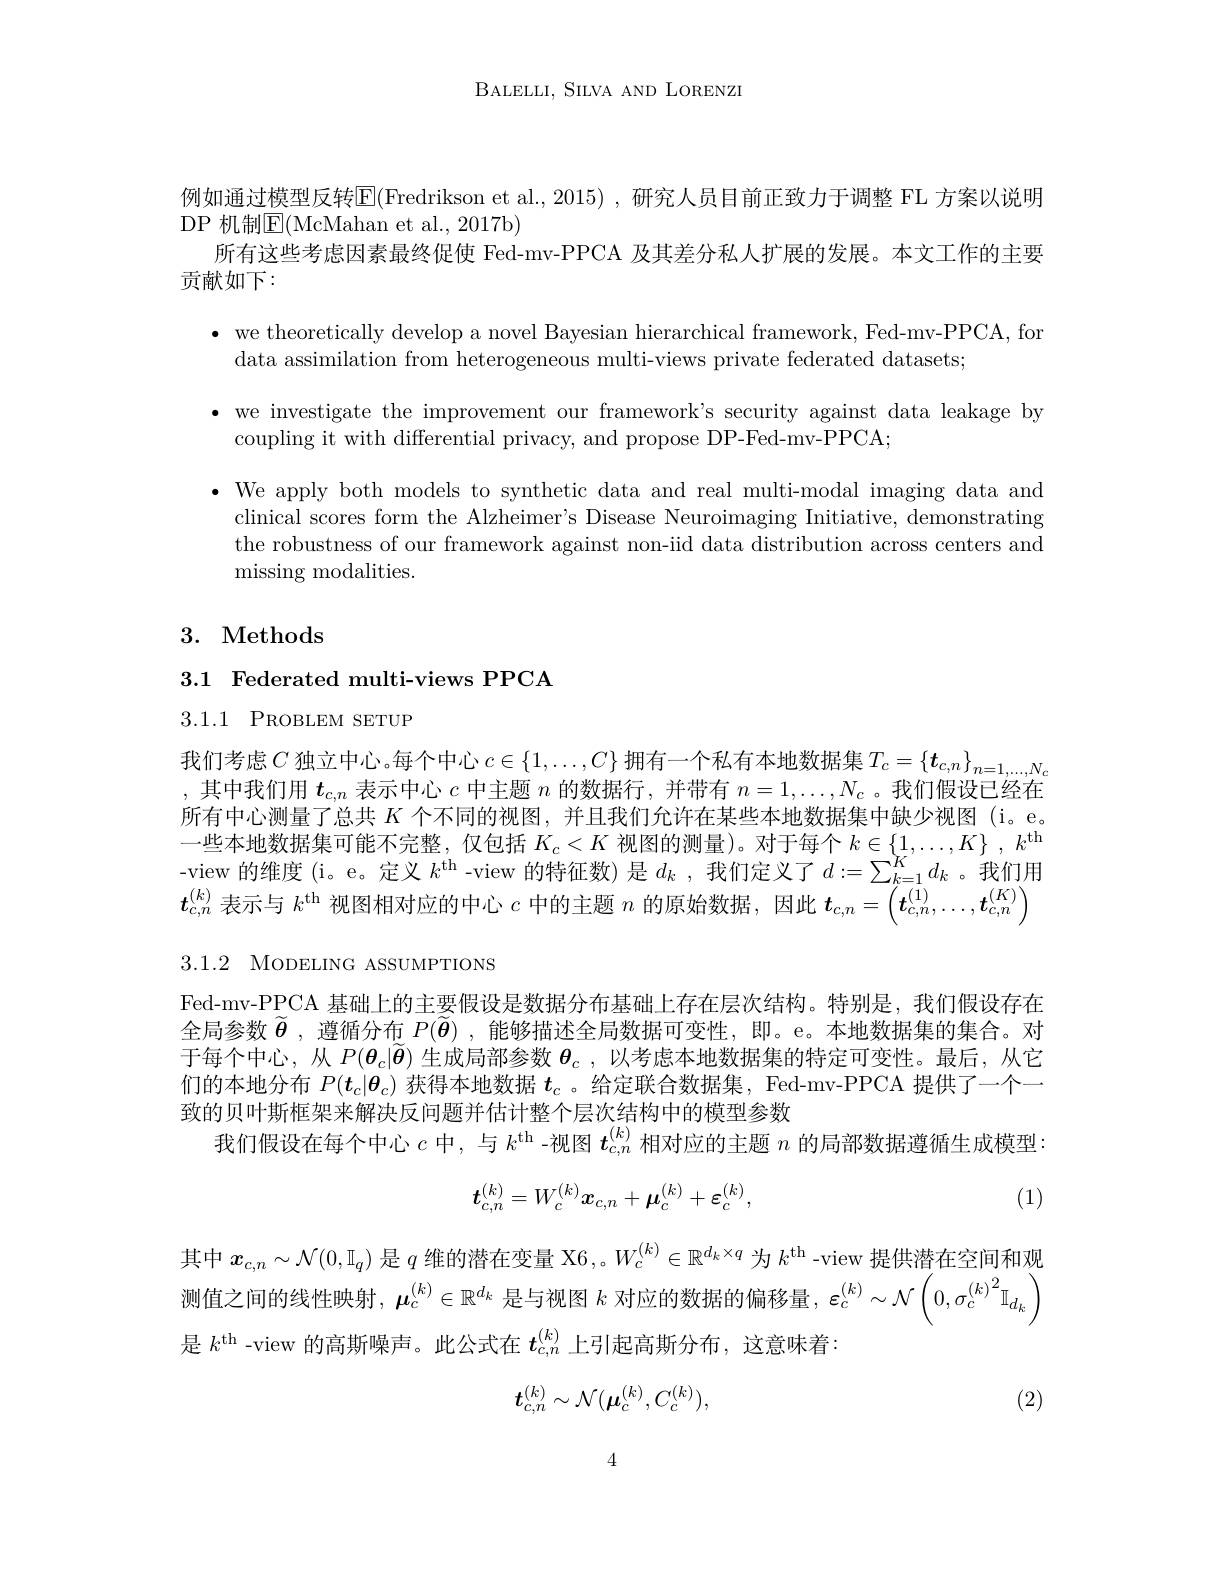
BALELLI, SILVA AND LORENZI

例如通过模型反转$\overline{\mathrm{E}}($Fredrikson et al., 2015) , 研究人员目前正致力于调整 FL 方案以说明
DP 机制E(McMahan et al., 2017b)
所有这些考虑因素最终促使 Fed-mv-PPCA 及其差分私人扩展的发展。本文工作的主要
贡献如下：

$\bullet$ we theoretically develop a novel Bayesian hierarchical framework, Fed-mv-PPCA, for
data assimilation from heterogeneous multi-views private federated datasets;

· we investigate the improvement our framework's security against data leakage by
coupling it with differential privacy, and propose DP-Fed-mv-PPCA;

$\bullet$ We apply both models to synthetic data and real multi-modal imaging data and
clinical scores form the Alzheimer's Disease Neuroimaging Initiative, demonstrating the robustness of our framework against non-iid data distribution across centers and missing modalities.

# 3. Methods

3.1 Federated multi-views PPCA

3.1.1 PROBLEM SETUP

我们考虑$C$独立中心。每个中心 $c\in\{1,\ldots,C\}$ 拥有一个私有本地数据集$T_c=\{\boldsymbol{t}_{c,n}\}_{n=1,...,N_c}$ , 其中我们用$t_c,n$表示中心$c$中主题$n$的数据行，并带有$n=1,\ldots,N_c$ 。我们假设已经在所有中心测量了总共$K$个不同的视图，并且我们允许在某些本地数据集中缺少视图 (i。e。一些本地数据集可能不完整，仅包括$K_c<K$视图的测量)。对于每个$k\in\{1,\ldots,K\}$ , $k^\mathrm{th}$ -view 的维度 (i。e。定义$k^\mathrm{th}$ -view 的特征数)是$d_k$ ,我们定义了$d:=\sum_k=1^Kd_k$ 。我们用$\mathrm{s}_{c,n}^{(k)}$表示与$k^\mathrm{th}$视图相对应的中心$c$中的主题$n$的原始数据，因此$\boldsymbol t_c,n=\left(\boldsymbol{t}_{c,n}^{(1)},\ldots,\boldsymbol{t}_{c,n}^{(K)}\right)$

3.1.2 MODELING ASSUMPTIONS

Fed-mv-PPCA 基础上的主要假设是数据分布基础上存在层次结构。特别是，我们假设存在全局参数$\widetilde{\boldsymbol{\theta}}$,遵循分布$P(\widetilde{\boldsymbol{\theta}})$ ,能够描述全局数据可变性，即。e。本地数据集的集合。对于每个中心，从$P(\boldsymbol{\theta}_c|\widetilde{\boldsymbol{\theta}})$生成局部参数$\boldsymbol{\theta }_c$ , 以 考 虑 本 地 数 据 集 的 特 定 可 变 性 。最 后 , 从 它 们的本地分布$P(t_c|\theta_c)$获得本地数据$t_c$ 。给定联合数据集，Fed-mv-PPCA 提供了一个一致的贝叶斯框架来解决反问题并估计整个层次结构中的模型参数
我们假设在每个中心$c$中，与$k^\mathrm{th}$ -视图$\boldsymbol{t}_{c,n}^{(k)}$相对应的主题$n$的局部数据遵循生成模型：

(1)
$$t_{c,n}^{(k)}=W_c^{(k)}\boldsymbol{x}_{c,n}+\boldsymbol{\mu}_c^{(k)}+\boldsymbol{\varepsilon}_c^{(k)},$$
其中$x_{c,n}\sim\mathcal{N}(0,\mathbb{I}_q)$是$q$维的潜在变量 X6,。$W_c^{(k)}\in\mathbb{R}^{d_k\times q}$为$k^\mathrm{th}$ -view 提供潜在空间和观测值之间的线性映射，$\boldsymbol\mu_c^{(k)}\in\mathbb{R}^{d_k}$是与视图$k$对应的数据的偏移量，$\boldsymbol\varepsilon_c^(k)\sim\mathcal{N}\left(0,\sigma_c^{(k)^2}\mathbb{I}_{d_k}\right)$ 是$k^\mathrm{th}$ -view 的高斯噪声。此公式在$t_c,n^{(k)}$上引起高斯分布，这意味着：
$$t_{c,n}^{(k)}\sim\mathcal{N}(\mu_{c}^{(k)},C_{c}^{(k)}),$$
(2)

4